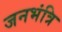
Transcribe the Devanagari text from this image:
जनभंत्रि